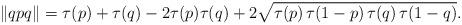
LaTeX: \begin{align*}\|qpq\| = \tau(p) + \tau(q)- 2\tau(p)\tau(q) + 2\sqrt{\tau(p) \, \tau(1-p) \, \tau(q) \, \tau(1-q)}.\end{align*}